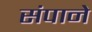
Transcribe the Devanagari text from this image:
संपाने